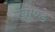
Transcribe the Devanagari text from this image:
खाण्डे